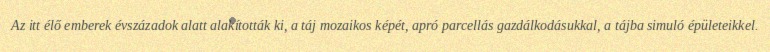
Az itt élő emberek évszázadok alatt alakították ki, a táj mozaikos képét, apró parcellás gazdálkodásukkal, a tájba simuló épületeikkel.